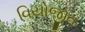
વિયોજીત